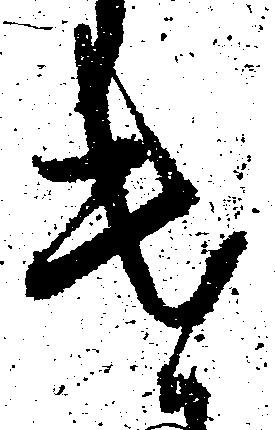
遣